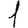
Digit: 1